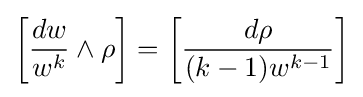
\left[{\frac {dw}{w^{k}}}\wedge \rho \right]=\left[{\frac {d\rho }{(k-1)w^{k-1}}}\right]